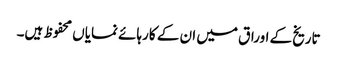
تاریخ کے اوراق میں ان کے کارہائے نمایاں محفوظ ہیں۔